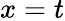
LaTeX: x=t